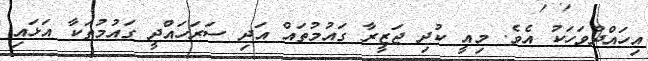
އިހައްދުވަހަކު އެވެ. މިއީ ކުދި ޖަޒީރާ ގައުމުތައް އަދި ސަރަހައްދީ ގައުމުތަކާ އަޅައި